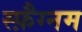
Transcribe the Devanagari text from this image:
स्फ़ैग्नम